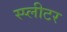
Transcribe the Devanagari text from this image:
स्प्लीटर